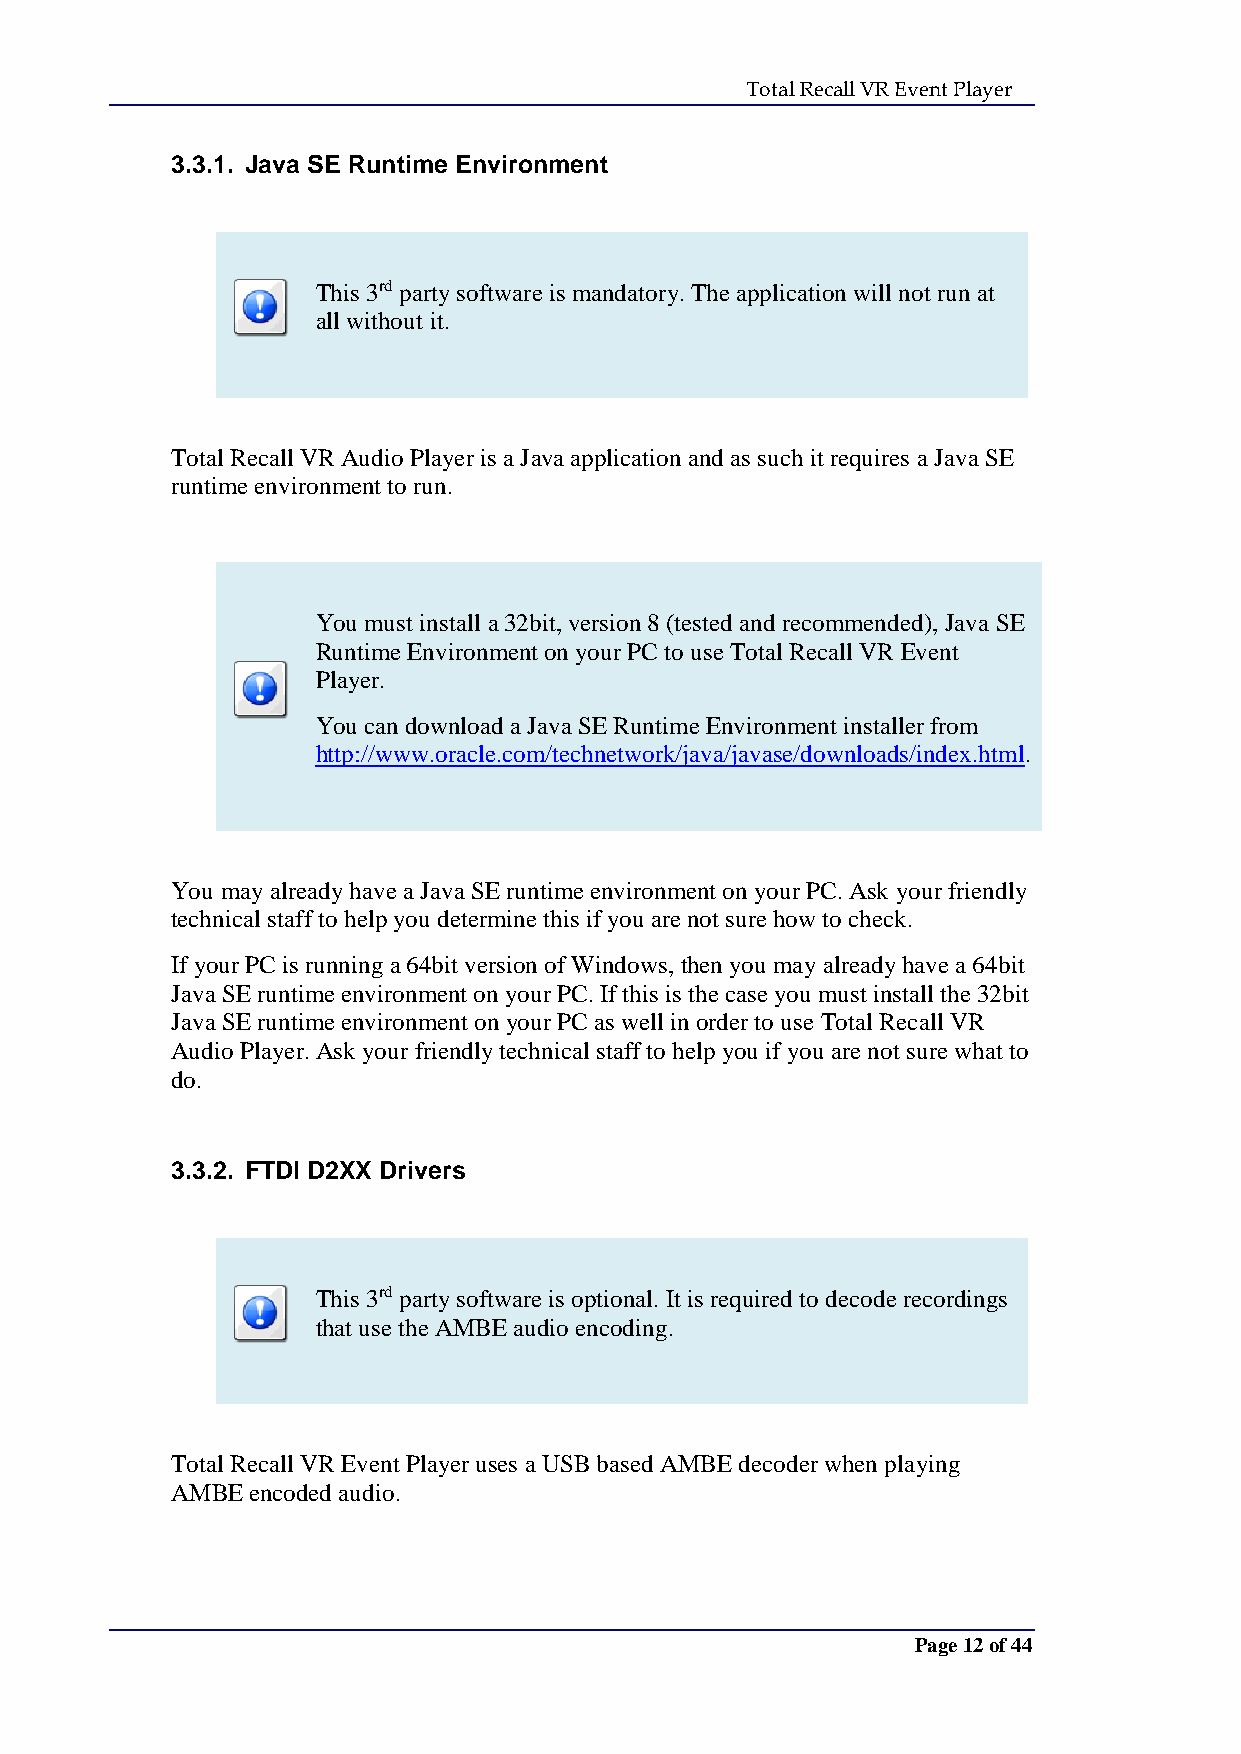
Total Recall VR Event Player
 3.3.1. Java SE Runtime Environment
 This 3rd party software is mandatory. The application will not run at
 all without it.
 Total Recall VR Audio Player is a Java application and as such it requires a Java SE
 runtime environment to run.
 You must install a 32bit, version 8 (tested and recommended), Java SE
 Runtime Environment on your PC to use Total Recall VR Event
 Player.
 You can download a Java SE Runtime Environment installer from
 http://www.oracle.com/technetwork/java/javase/downloads/index.html.
 You may already have a Java SE runtime environment on your PC. Ask your friendly
 technical staff to help you determine this if you are not sure how to check.
 If your PC is running a 64bit version of Windows, then you may already have a 64bit
 Java SE runtime environment on your PC. If this is the case you must install the 32bit
 Java SE runtime environment on your PC as well in order to use Total Recall VR
 Audio Player. Ask your friendly technical staff to help you if you are not sure what to
 do.
 3.3.2. FTDI D2XX Drivers
 This 3rd party software is optional. It is required to decode recordings
 that use the AMBE audio encoding.
 Total Recall VR Event Player uses a USB based AMBE decoder when playing
 AMBE  encoded audio.
 Page 12 of 44